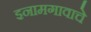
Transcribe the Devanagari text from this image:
इनामगावाचे